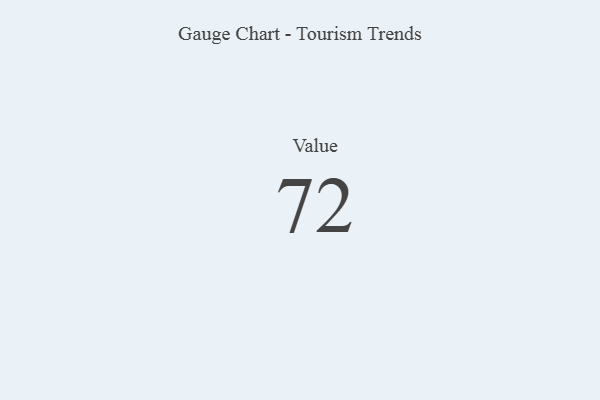
{"axis": {"x": "Metric", "y": "Value"}, "legend": [""], "data": [{"x": "Value", "y": 72, "type": ""}]}